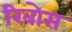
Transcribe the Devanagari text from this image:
रिबोस